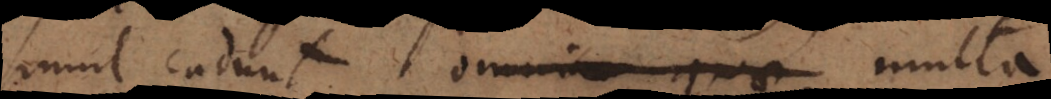
simul cadunt omnia quae